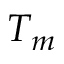
T _ { m }